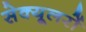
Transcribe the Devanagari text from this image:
सेक्यूलरों